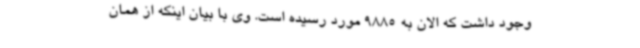
وجود داشت که الان به 9885 مورد رسیده است. وی با بیان اینکه از همان